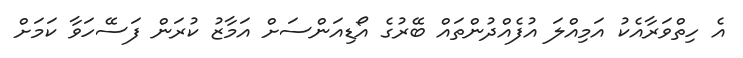
އެ ހިތްވަރާއެކު އަމިއްލަ އުފެއްދުންތައް ބޭރުގެ އޯޑިއަންސަށް އަމާޒު ކުރަން ފަސޭހަވާ ކަމަށް